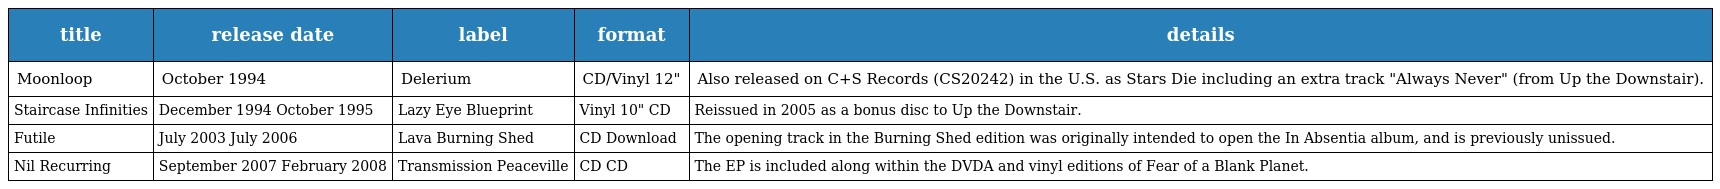
| title | release date | label | format | details |
 | --- | --- | --- | --- | --- |
 | Moonloop | October 1994 | Delerium | CD/Vinyl 12" | Also released on C+S Records (CS20242) in the U.S. as Stars Die including an extra track "Always Never" (from Up the Downstair). |
 | Staircase Infinities | December 1994 October 1995 | Lazy Eye Blueprint | Vinyl 10" CD | Reissued in 2005 as a bonus disc to Up the Downstair. |
 | Futile | July 2003 July 2006 | Lava Burning Shed | CD Download | The opening track in the Burning Shed edition was originally intended to open the In Absentia album, and is previously unissued. |
 | Nil Recurring | September 2007 February 2008 | Transmission Peaceville | CD CD | The EP is included along within the DVDA and vinyl editions of Fear of a Blank Planet. |